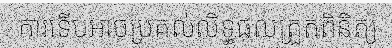
ការទើបអាចប្រគល់លិទ្ធផលត្រួតពិនិត្យ